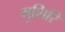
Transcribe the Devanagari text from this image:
मुशिरि